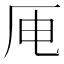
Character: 𪠄